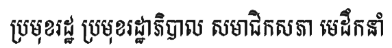
ប្រមុខរដ្ឋ ប្រមុខរដ្ឋាភិបាល សមាជិកសភា មេដឹកនាំ